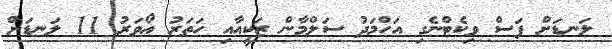
ލަނޑަށް ފަސް ވިކެޓްނެގި އަހްމަދު ސަލްމާން ޒަކީއާއި ހަތަރު އޯވަރު 11 ލަނޑަށް